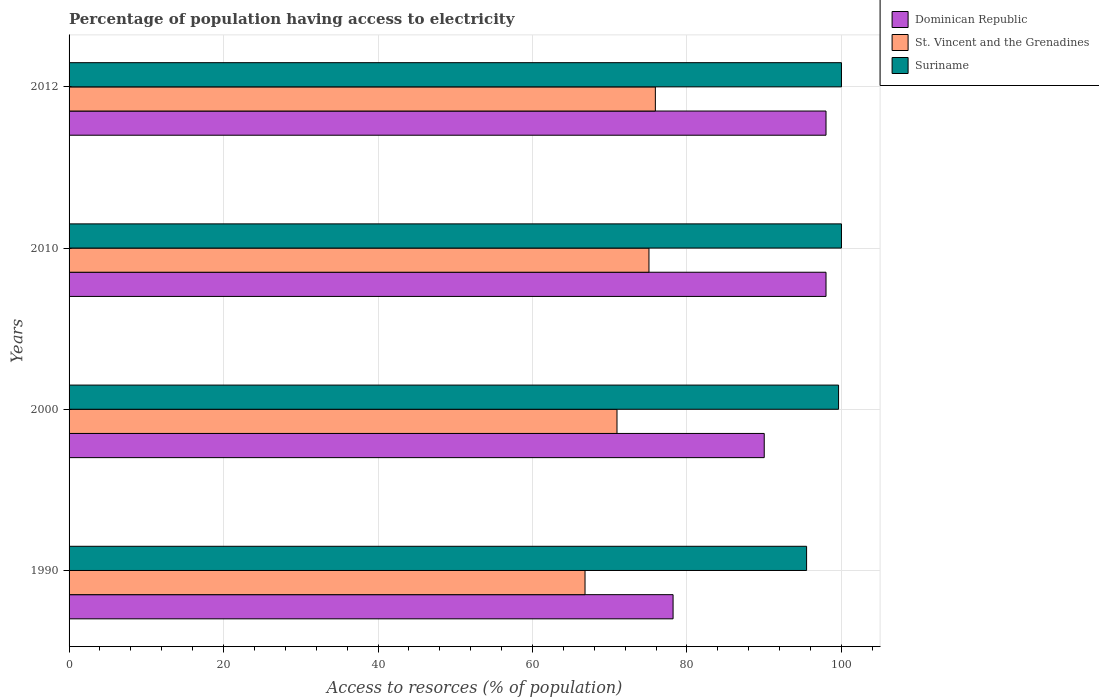
| Years | Dominican Republic | St. Vincent and the Grenadines | Suriname |
 | --- | --- | --- | --- |
 | 1990 | 78.2 | 66.8 | 95.5 |
 | 2000 | 90 | 70.9 | 99.6 |
 | 2010 | 98 | 75.1 | 100 |
 | 2012 | 98 | 75.9 | 100 |